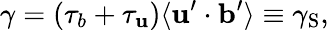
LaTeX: \gamma=(\tau_{b}+\tau_{\mathbf{u}})\langle{{\mathbf{{\mathbf{u}}}}^{\prime}\cdot{\mathbf{{b}}}^{\prime}}\rangle\equiv\gamma_{\mathrm{{{S}}}},